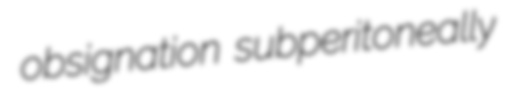
obsignation subperitoneally